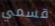
قسمي